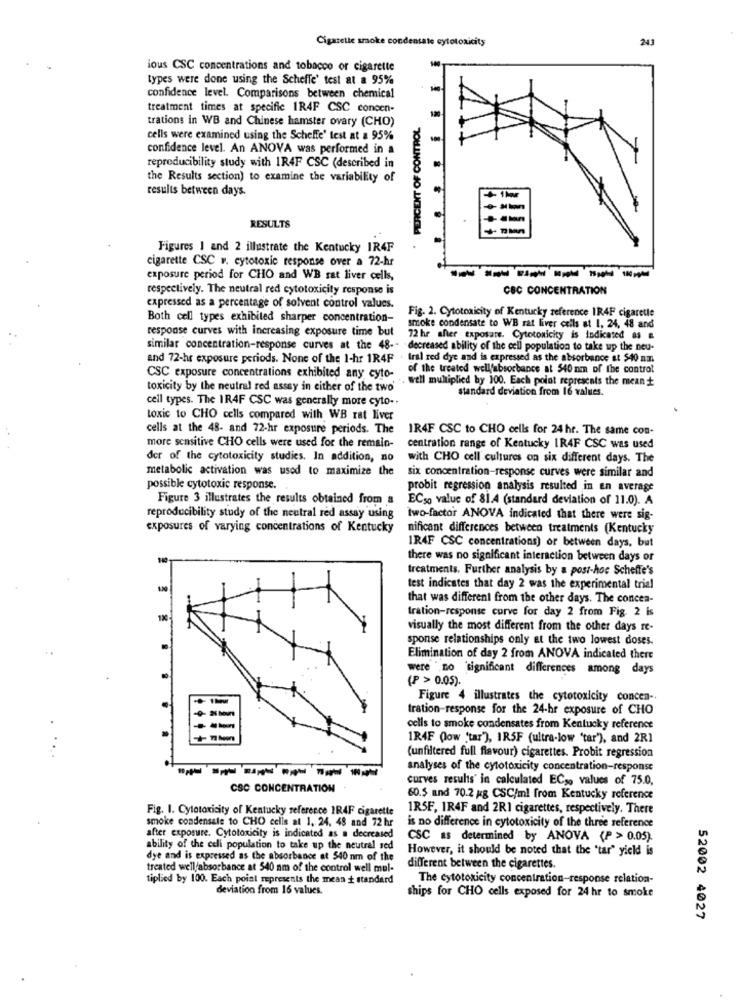
Cigarette smoke condensate cytotoxicity
243
ious CSC concentrations and tobacco or cigarette
types were done using the Scheffe' test at a 95%
confidence level. Comparisons between chemical
treatment times at specific IR4F CSC concen-
trations in WB and Chinese hamster ovary (CHO)
.PERCENT OF CONTROL
cells were examined using the Scheffe' test at a 95%
confidence level. An ANOVA was performed in
reproducibility study with 1R4F CSC (described in
the Results section) to examine the variability of
results between days.
RESULTS
Figures 1 and 2 illustrate the Kentucky IR4F
cigarette CSC v. cytotoxic response over a 72-hr
exposure period for CHO and WB sat liver cells,
------
respectively. The neutral red cytotoxicity response is
CBC CONCENTRATION
expressed as a percentage of solvent control values.
Both cell types exhibited sharper concentration-
Fig. 2. Cytotoxicity of Kentucky reference 1R4F cigarette
response curves with increasing exposure time but
smoke condensate to WB rat liver cells at 1, 24, 48 and
72 hr sher exposure. Cytotoxicity is indicated as &
similar concentration-response curves at the 48 -- decreased ability of the cell population to take up the neu-
and 72-hr exposure periods. None of the 1-hr 1R4F . tral red dye and is expressed as the absorbance at $40 nm
of the treated wellfabsorbance at 540 nm of the control
CSC exposure concentrations exhibited any cyto-
. well multiplied by 100. Each point represents the mean
toxicity by the neutral red assay in either of the two'
standard deviation from 16 values.
cell types. The IR4F CSC was generally more cyto -.
toxic to CHO cells compared with WB rat liver
cells at the 48- and 72-hr exposure periods. The
IR4F CSC to CHO cells for 24 hr. The same con-
more sensitive CHO cells were used for the remain-
centration range of Kentucky 1R4F CSC was used
der of the cytotoxicity studies. In addition, no
with CHO cell cultures on six different days. The
metabolic activation was used to maximize the
six concentration-response curves were similar and
possible cytotoxic response.
probit regression analysis resulted in an average
Figure 3 illustrates the results obtained from &
ECso value of 81.4 (standard deviation of 11.0). A
reproducibility study of the neutral red assay using
two-factor ANOVA indicated that there were sig-
exposures of varying concentrations of Kentucky
nificant differences between treatments (Kentucky
IR4F CSC concentrations) or between days, but
there was no significant interaction between days or
treatments. Further analysis by a post-hoe Scheffe's
test indicates that day 2 was the experimental trial
that was different from the other days. The concen-
tration-response curve for day 2 from Fig. 2 is
1X
visually the most different from the other days re-
sponse relationships only at the two lowest doses.
Elimination of day 2 from ANOVA indicated there
were " no significant differences among days
(P > 0.05).
Figure 4 illustrates the cytotoxicity concen -.
tration-response for the 24-hr exposure of CHO
cells to smoke condensates from Kentucky reference
IR4F Qlow 'tar'), IR5F (ultra-low 'tar'), and 2R1
(unfiltered full flavour) cigarettes. Probit regression
analyses of the cytotoxicity concentration-response
------
curves results' in calculated ECso values of 75.0,
CSC CONCENTRATION
60.5 and 70.2 kg CSC/ml from Kentucky reference
Fig. I. Cytotoxicity of Kentucky reference 1R4F cigarette
1RSF, 1R4F and 2R1 cigarettes, respectively. There
smoke condensate to CHO cells al 1. 24. 48 and 72 hr
is no difference in cytotoxicity of the three reference
after exposure. Cytotoxicity is indicated as a decreased
CSC as determined by ANOVA (P > 0.05).
ability of the celi population to take up the neutral sed
However, it should be noted that the "tar" yield is
dye and is expressed as the absorbance at 540 nm of the
treated well/absorbance at 540 am of the control well mul-
different between the cigarettes.
tiplied by 100. Each point represents the mean + standard
The cytotoxicity concentration-response relation-
deviation from 16 values.
ships for CHO cells exposed for 24 hr to smoke
52002 4027